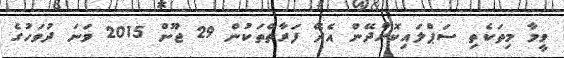
ވީމާ މިތަކެތި ސަޕްލައިކޮށްދޭން އެދޭ ފަރާތްތަކުން 29 ޖޫން 2015 ވަނަ ދުވަހުގެ